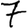
Digit: 7